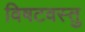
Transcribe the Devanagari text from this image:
विषटवस्तु